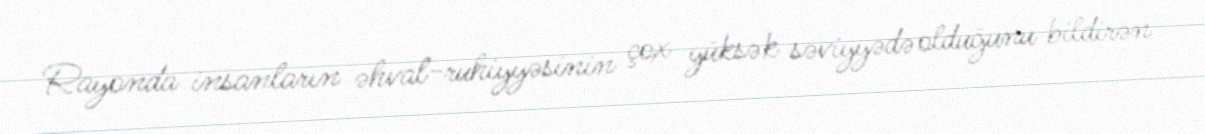
Rayonda insanların əhval-ruhiyyəsinin çox yüksək səviyyədə olduğunu bildirən